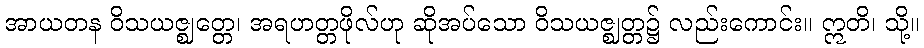
အာယတန ဝိသယဇ္ဈတ္တေ၊ အရဟတ္တဖိုလ်ဟု ဆိုအပ်သော ဝိသယဇ္ဈတ္တ၌ လည်းကောင်း။ ဣတိ၊ သို့။